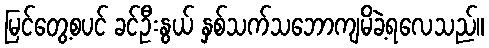
မြင်တွေ့စပင် ခင်ဦးနွယ် နှစ်သက်သဘောကျမိခဲ့ရလေသည်။